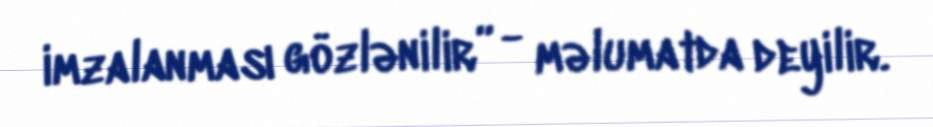
imzalanması gözlənilir” - məlumatda deyilir.